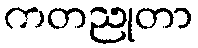
ကတညုတာ